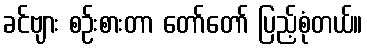
ခင်ဗျား စဉ်းစားတာ တော်တော် ပြည့်စုံတယ်။